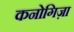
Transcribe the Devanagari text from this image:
कनोगिज़ा